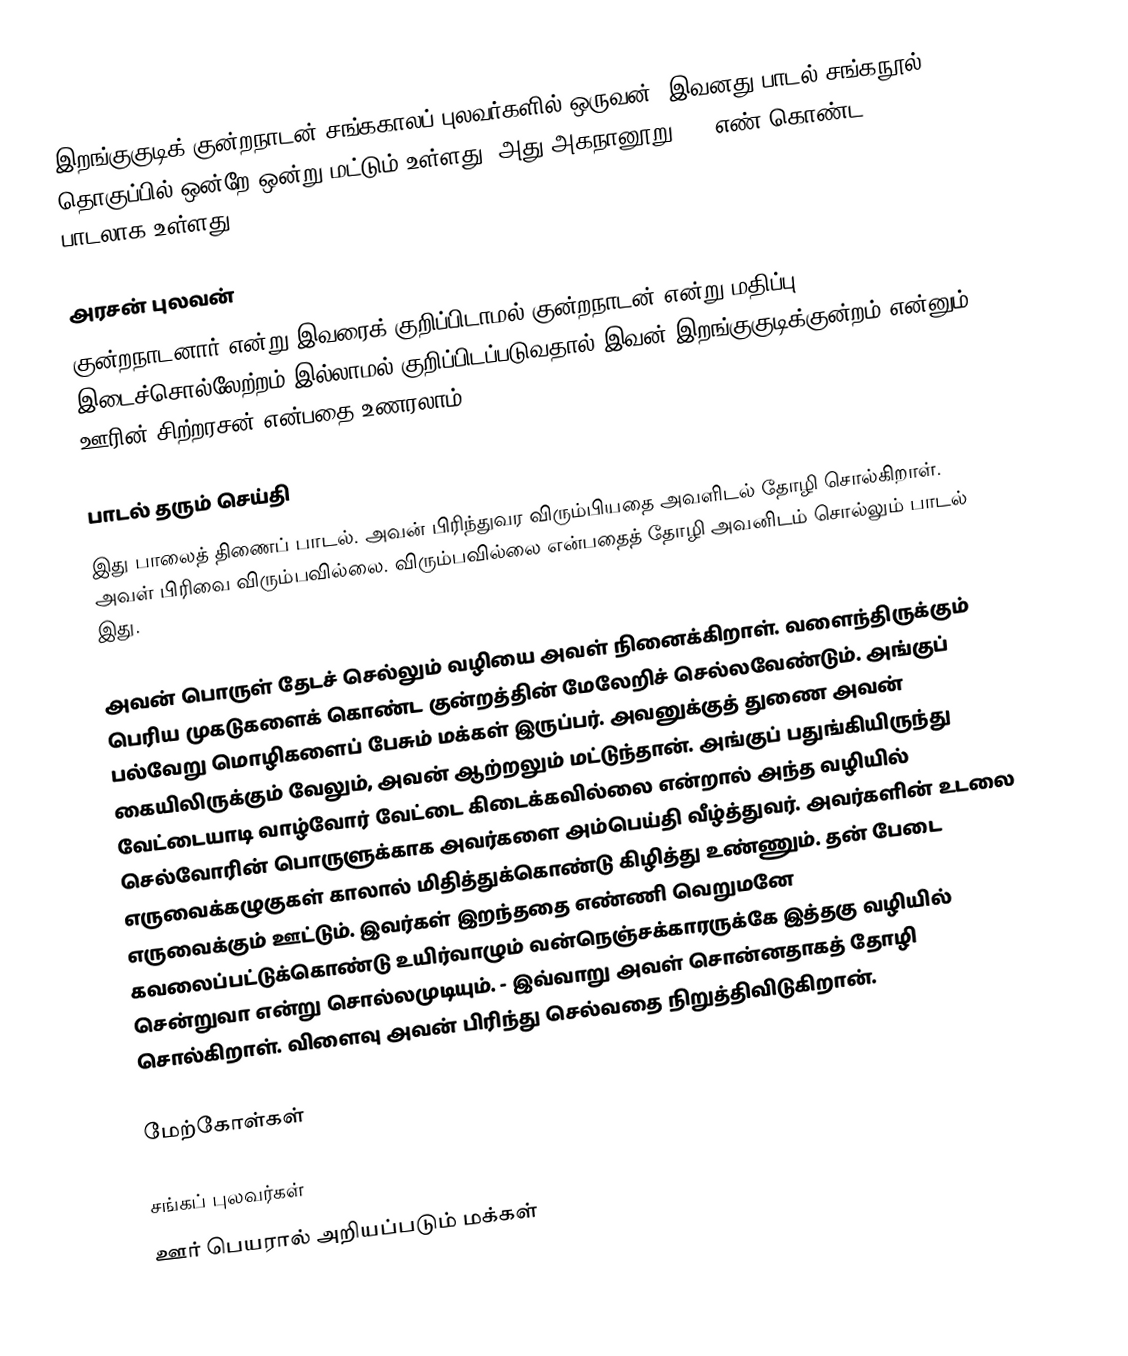
இறங்குகுடிக் குன்றநாடன் சங்ககாலப் புலவர்களில் ஒருவன். இவனது பாடல் சங்கநூல் தொகுப்பில் ஒன்றே ஒன்று மட்டும் உள்ளது. அது அகநானூறு 215 எண் கொண்ட பாடலாக உள்ளது.

அரசன் புலவன்
குன்றநாடனார் என்று இவரைக் குறிப்பிடாமல் குன்றநாடன் என்று மதிப்பு இடைச்சொல்லேற்றம் இல்லாமல் குறிப்பிடப்படுவதால் இவன் இறங்குகுடிக்குன்றம் என்னும் ஊரின் சிற்றரசன் என்பதை உணரலாம்.

பாடல் தரும் செய்தி
இது பாலைத் திணைப் பாடல். அவன் பிரிந்துவர விரும்பியதை அவளிடல் தோழி சொல்கிறாள். அவள் பிரிவை விரும்பவில்லை. விரும்பவில்லை என்பதைத் தோழி அவனிடம் சொல்லும் பாடல் இது.

அவன் பொருள் தேடச் செல்லும் வழியை அவள் நினைக்கிறாள். வளைந்திருக்கும் பெரிய முகடுகளைக் கொண்ட குன்றத்தின் மேலேறிச் செல்லவேண்டும். அங்குப் பல்வேறு மொழிகளைப் பேசும் மக்கள் இருப்பர். அவனுக்குத் துணை அவன் கையிலிருக்கும் வேலும், அவன் ஆற்றலும் மட்டுந்தான். அங்குப் பதுங்கியிருந்து வேட்டையாடி வாழ்வோர் வேட்டை கிடைக்கவில்லை என்றால் அந்த வழியில் செல்வோரின் பொருளுக்காக அவர்களை அம்பெய்தி வீழ்த்துவர். அவர்களின் உடலை எருவைக்கழுகுகள் காலால் மிதித்துக்கொண்டு கிழித்து உண்ணும். தன் பேடை எருவைக்கும் ஊட்டும். இவர்கள் இறந்ததை எண்ணி வெறுமனே கவலைப்பட்டுக்கொண்டு உயிர்வாழும் வன்நெஞ்சக்காரருக்கே  இத்தகு வழியில் சென்றுவா என்று சொல்லமுடியும். - இவ்வாறு அவள் சொன்னதாகத் தோழி சொல்கிறாள். விளைவு அவன் பிரிந்து செல்வதை நிறுத்திவிடுகிறான்.

மேற்கோள்கள்

சங்கப் புலவர்கள்
ஊர் பெயரால் அறியப்படும் மக்கள்